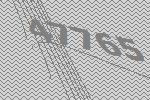
47765